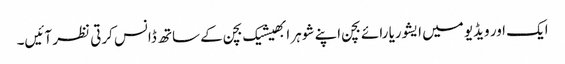
ایک اور ویڈیو میں ایشوریا رائے بچن اپنے شوہر ابھیشیک بچن کے ساتھ ڈانس کرتی نظر آئیں۔